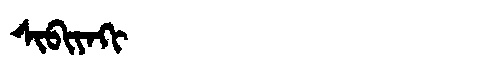
Manchu: ᠰᡳᠪᡳᠶᠠᡴᡳ
Romanization: SIBIYAKI